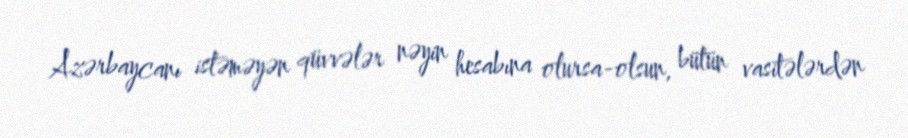
Azərbaycanı istəməyən qüvvələr nəyin hesabına olursa-olsun, bütün vasitələrdən